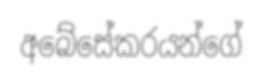
අබේසේකරයන්ගේ